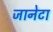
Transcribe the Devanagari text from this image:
जानेटा